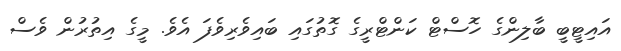
އައިޓީބީ ބާލިންގެ ހޮސްޓް ކަންޓްރީގެ ގޮތުގައި ބައިވެރިވެފަ އެވެ. މީގެ އިތުރުން ވެސް